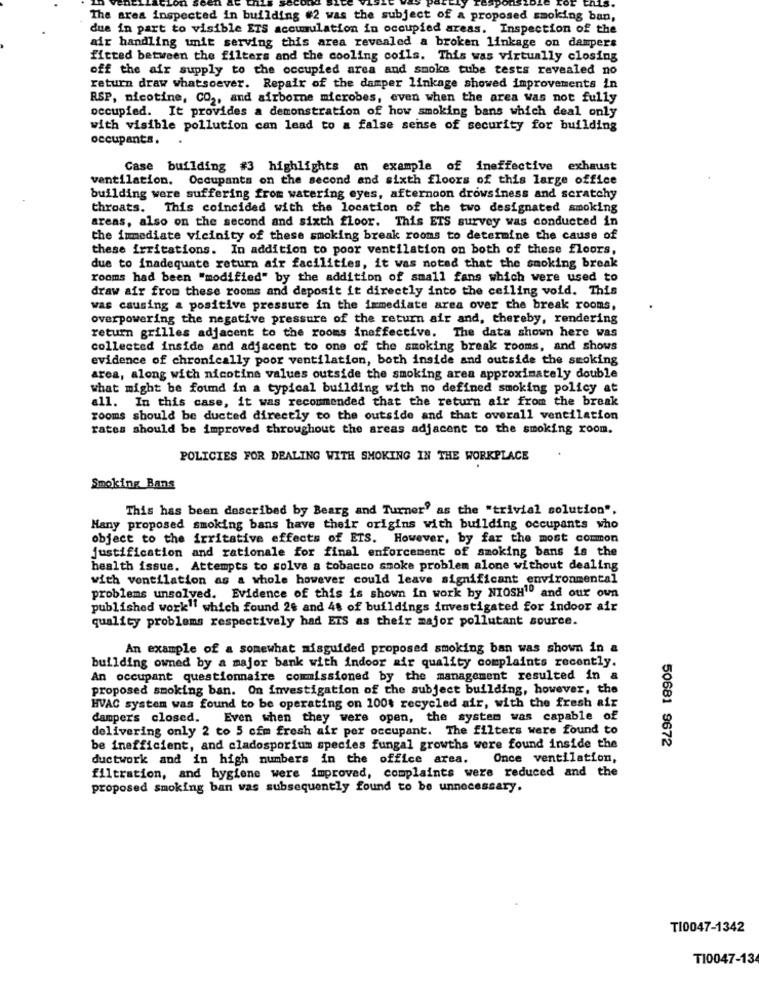
The area inspected in building #2 was the subject of a proposed smoking ban,
due in part to visible ETS accumulation in occupied areas. Inspection of the
air handling unit serving this area revealed a broken linkage on dampers
fitted between the filters and the cooling coils. This was virtually closing
off the air supply to the occupied area and smoke tube tests revealed no
return draw whatsoever. Repair of the damper linkage showed improvements in
RSP, nicotine, CO2, and airborne microbes, even when the area was not fully
occupied. It provides a demonstration of how smoking bans which deal only
with visible pollution can lead to a false sense of security for building
occupants.
Case building #3 highlights an example of ineffective exhaust
ventilation. Occupants on the second and sixth floors of this large office
building were suffering from watering eyes, afternoon drowsiness and scratchy
throats. This coincided with the location of the two designated smoking
areas, also on the second and sixth floor. This ETS survey was conducted in
the immediate vicinity of these smoking break rooms to determine the cause of
these irritations. In addition to poor ventilation on both of these floors,
due to inadequate return air facilities, it was noted that the smoking break
rooms had been "modified" by the addition of small fans which were used to
draw air from these rooms and deposit it directly into the ceiling void. This
was causing & positive pressure in the immediate area over the break rooms,
overpowering the negative pressure of the return air and, thereby, rendering
return grilles adjacent to the rooms ineffective. The data shown here was
collected inside and adjacent to one of the smoking break rooms, and shows
evidence of chronically poor ventilation, both inside and outside the smoking
area, along with nicotine values outside the smoking area approximately double
what might be found in a typical building with no defined smoking policy at
all. In this case, it was recommended that the return air from the break
rooms should be ducted directly to the outside and that overall ventilation
rates should be improved throughout the areas adjacent to the smoking room.
POLICIES FOR DEALING WITH SMOKING IN THE WORKPLACE
Smoking Bans
This has been described by Bearg and Turner' as the "trivial solution".
Many proposed smoking bans have their origins with building occupants who
object to the irritative effects of ETS. However, by far the most common
justification and rationale for final enforcement of smoking bans is the
health issue. Attempts to solve a tobacco smoke problem alone without dealing
with ventilation as a whole however could leave significant environmental
problems unsolved. Evidence of this is shown in work by NIOSH" and our own
published work" which found 28 and 48 of buildings investigated for indoor air
quality problems respectively had EIS as their major pollutant source.
An example of a somewhat misguided proposed smoking ban was shown in a
building owned by a major bank with indoor air quality complaints recently.
An occupant questionnaire commissioned by the management resulted in a
proposed smoking ban. On investigation of the subject building, however, the
HVAC system was found to be operating on 100% recycled air, with the fresh air
dampers closed. Even when they were open, the system was capable of
delivering only 2 to 5 cim fresh air per occupant. The filters were found to
50681 9672
be inefficient, and cladosporium species fungal growths were found inside the
ductwork and in high numbers in the office area.
Once ventilation,
filtration, and hygiene were improved, complaints were reduced and the
proposed smoking ban was subsequently found to be unnecessary.
TI0047-1342
T10047-13